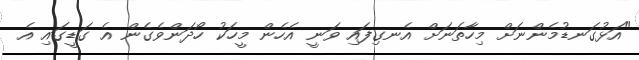
"އަޅުގަނޑުމެންނަށް މިހާތަނަށް އެނގިފައި ވަނީ އެހެން މީހަކު ހޯދަންވެގެން އެ ގަޑީގައި އެ